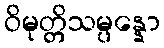
ဝိမုတ္တိသမ္ပန္နော